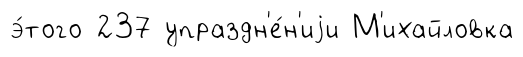
э́того 237 упраздн'е́н'иjи М'ихайловка